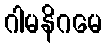
ဂါမနိဂမေ